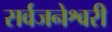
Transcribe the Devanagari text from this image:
सर्वजनेश्वरी